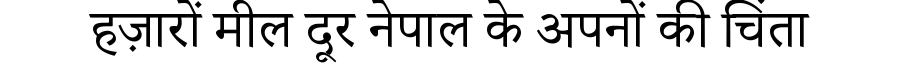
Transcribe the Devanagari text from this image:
हज़ारों मील दूर नेपाल के अपनों की चिंता